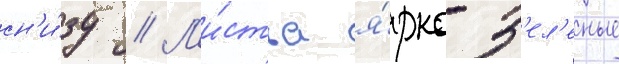
сн'и́зу // Л'и́стья я́рко-з'ел'еные